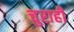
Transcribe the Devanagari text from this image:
चुराही